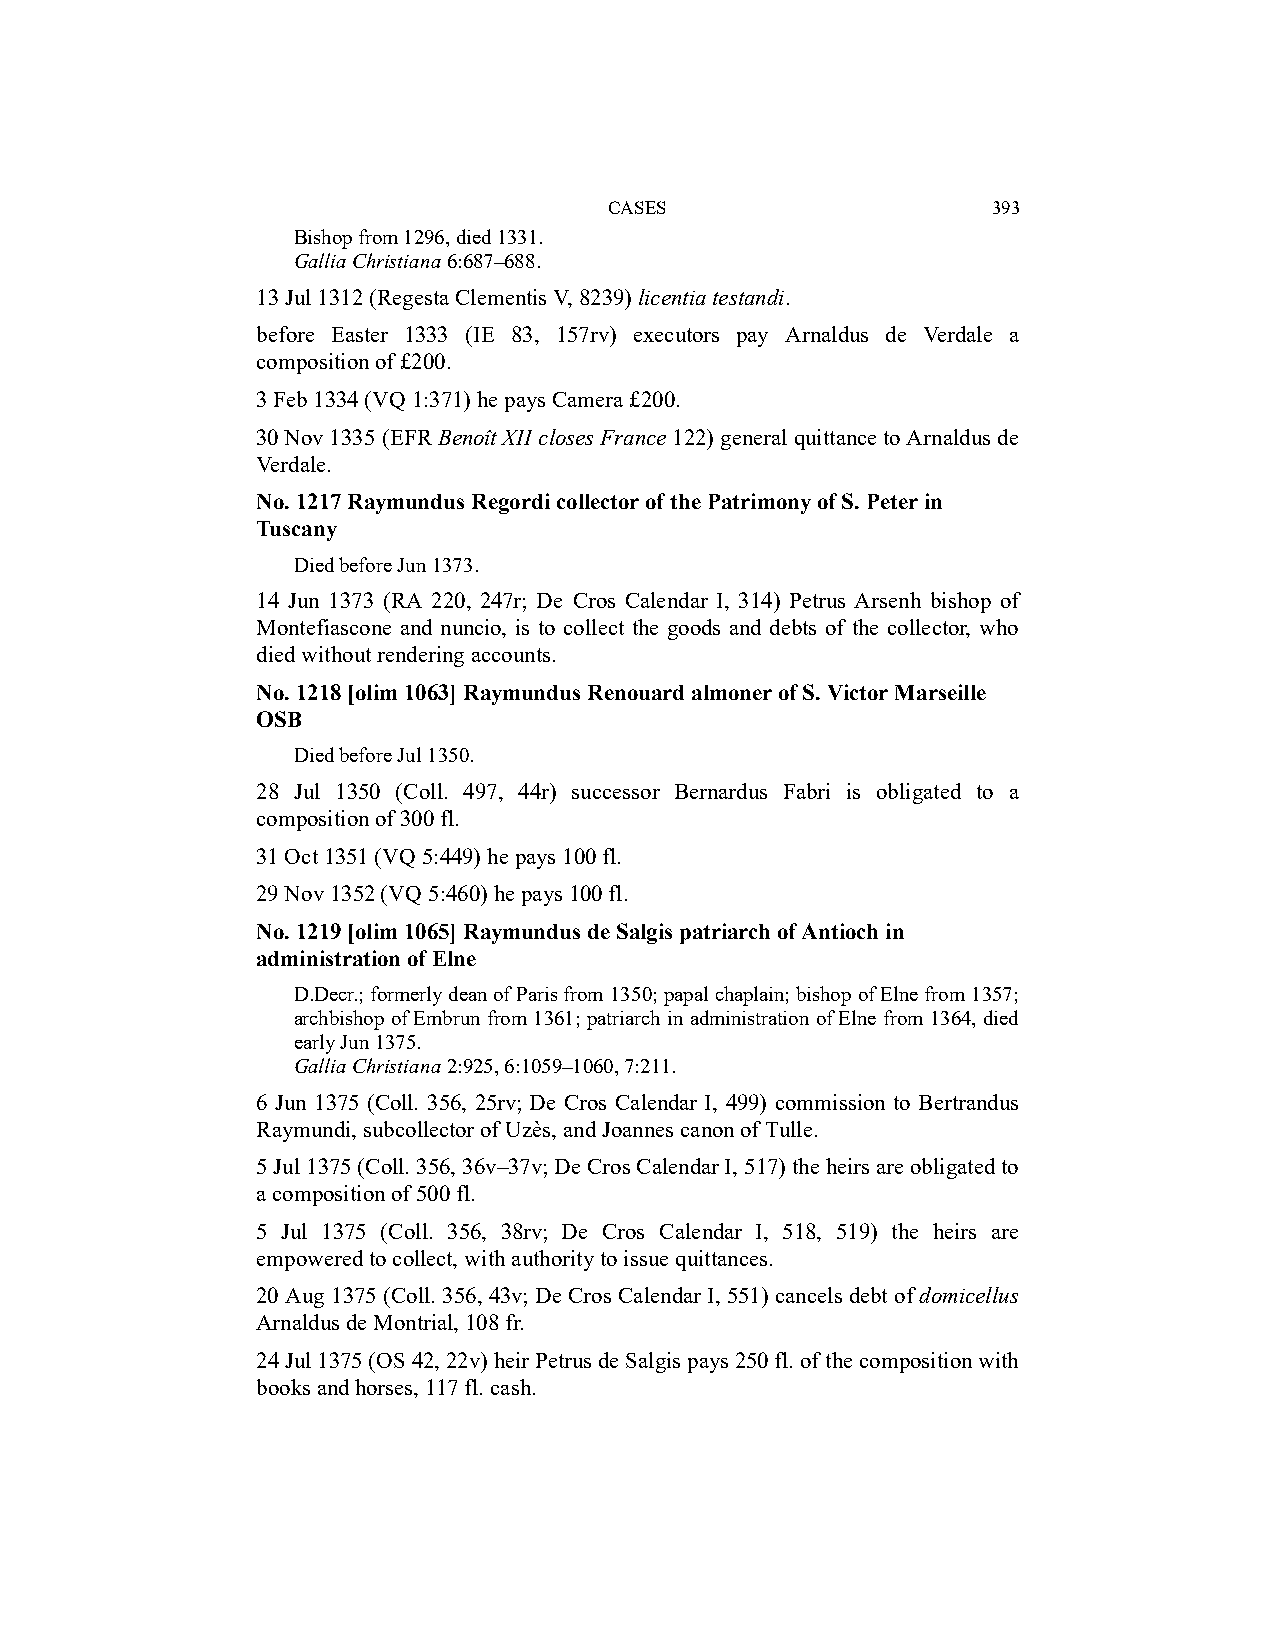
CASES                     393
 Bishop from 1296, died 1331.
 Gallia Christiana 6:687–688.
 13 Jul 1312 (Regesta Clementis V, 8239) licentia testandi.
 before Easter 1333 (IE 83, 157rv) executors pay Arnaldus de Verdale a
 composition of £200.
 3 Feb 1334 (VQ 1:371) he pays Camera £200.
 30 Nov 1335 (EFR Benoît XII closes France 122) general quittance to Arnaldus de
 Verdale.
 No. 1217 Raymundus Regordi collector of the Patrimony of S. Peter in
 Tuscany
 Died before Jun 1373.
 14 Jun 1373 (RA 220, 247r; De Cros Calendar I, 314) Petrus Arsenh bishop of
 Montefiascone and nuncio, is to collect the goods and debts of the collector, who
 died without rendering accounts.
 No. 1218 [olim 1063] Raymundus Renouard almoner of S. Victor Marseille
 OSB
 Died before Jul 1350.
 28 Jul 1350 (Coll. 497, 44r) successor Bernardus Fabri is obligated to a
 composition of 300 fl.
 31 Oct 1351 (VQ 5:449) he pays 100 fl.
 29 Nov 1352 (VQ 5:460) he pays 100 fl.
 No. 1219 [olim 1065] Raymundus de Salgis patriarch of Antioch in
 administration of Elne
 D.Decr.; formerly dean of Paris from 1350; papal chaplain; bishop of Elne from 1357;
 archbishop of Embrun from 1361; patriarch in administration of Elne from 1364, died
 early Jun 1375.
 Gallia Christiana 2:925, 6:1059–1060, 7:211.
 6 Jun 1375 (Coll. 356, 25rv; De Cros Calendar I, 499) commission to Bertrandus
 Raymundi, subcollector of Uzès, and Joannes canon of Tulle.
 5 Jul 1375 (Coll. 356, 36v–37v; De Cros Calendar I, 517) the heirs are obligated to
 a composition of 500 fl.
 5 Jul 1375 (Coll. 356, 38rv; De Cros Calendar I, 518, 519) the heirs are
 empowered to collect, with authority to issue quittances.
 20 Aug 1375 (Coll. 356, 43v; De Cros Calendar I, 551) cancels debt of domicellus
 Arnaldus de Montrial, 108 fr.
 24 Jul 1375 (OS 42, 22v) heir Petrus de Salgis pays 250 fl. of the composition with
 books and horses, 117 fl. cash.